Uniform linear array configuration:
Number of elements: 64
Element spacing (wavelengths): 0.75
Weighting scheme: exponential
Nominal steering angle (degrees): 30
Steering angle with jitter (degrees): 28.517
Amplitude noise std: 0.05
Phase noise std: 0.05

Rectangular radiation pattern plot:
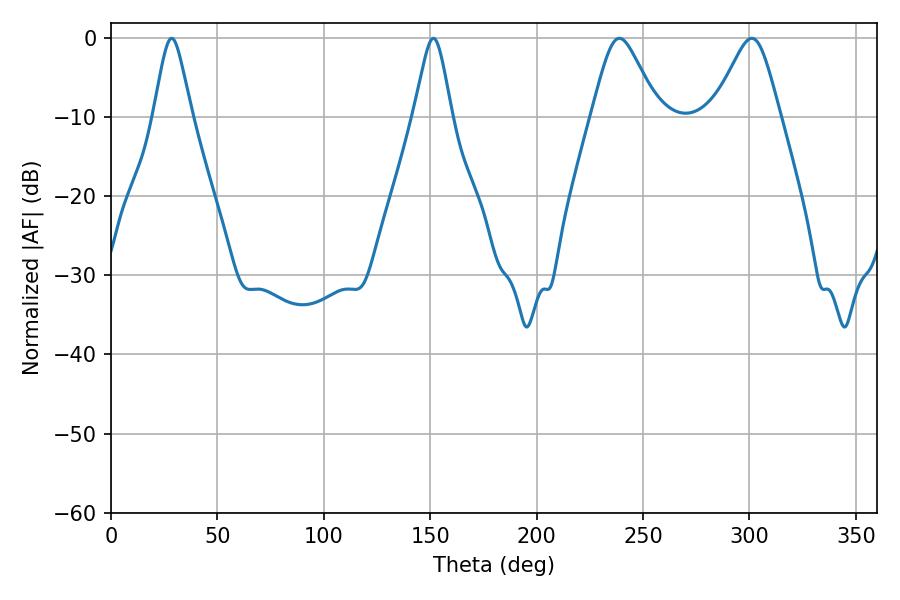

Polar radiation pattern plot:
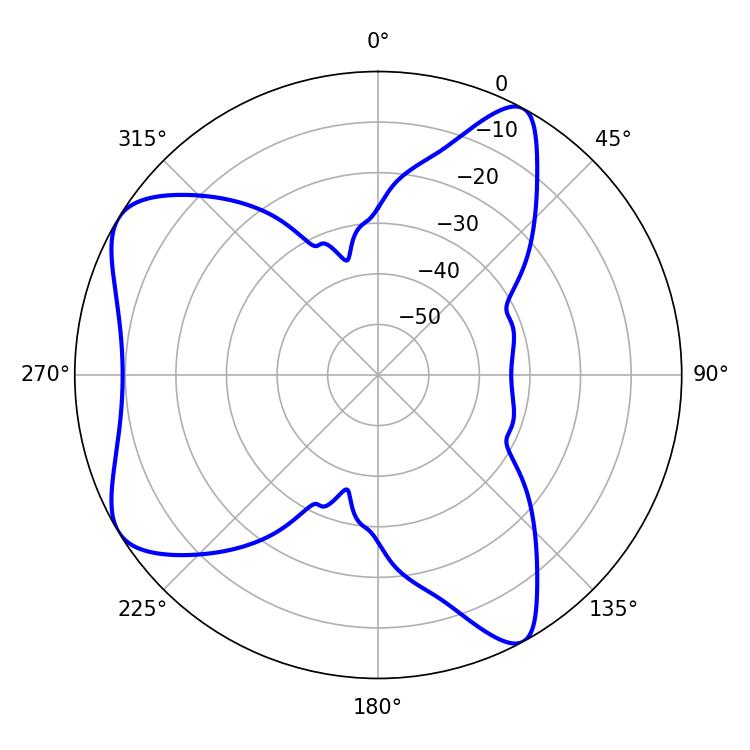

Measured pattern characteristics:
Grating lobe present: TRUE
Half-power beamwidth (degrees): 15.12
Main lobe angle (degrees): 238.86